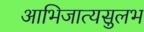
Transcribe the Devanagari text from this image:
आभिजात्यसुलभ